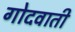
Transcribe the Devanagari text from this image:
गोदवाती